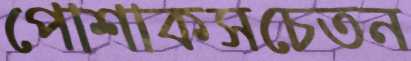
পোশাকসচেতন